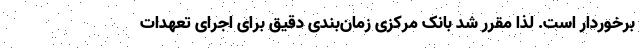
برخوردار است. لذا مقرر شد بانک مرکزی زمان‌بندی دقیق برای اجرای تعهدات